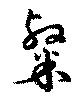
粲